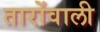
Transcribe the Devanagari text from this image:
तारोंवाली